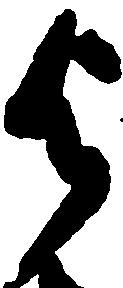
与